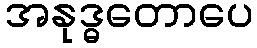
အနုဒ္ဓတောပေ